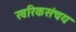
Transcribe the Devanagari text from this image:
खरिकसंचय